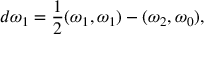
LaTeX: d \omega _ { 1 } = { \frac { 1 } { 2 } } ( \omega _ { 1 } , \omega _ { 1 } ) - ( \omega _ { 2 } , \omega _ { 0 } ) ,